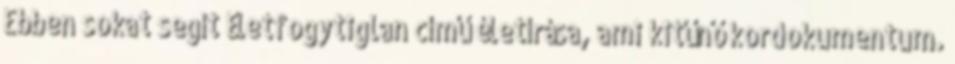
Ebben sokat segít Életfogytiglan című életírása, ami kitűnő kordokumentum.